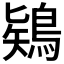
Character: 𪁬